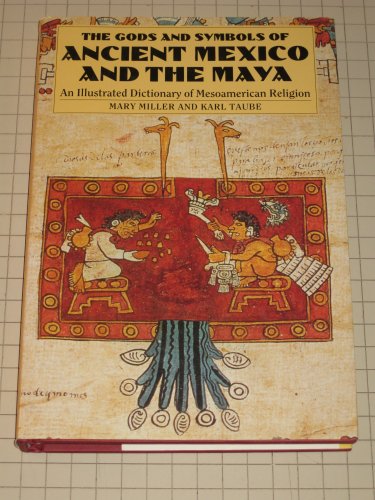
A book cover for The Gods and Symbols of Ancient Mexico and the Maya: An Illustrated Dictionary of Mesoamerican Religion; Mary Ellen Miller; History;